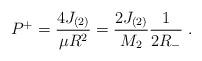
LaTeX: \begin{align*}P^+ = \frac{4J_{(2)}}{\mu R^2} = \frac{2J_{(2)}}{M_2} \frac{1}{2R_{-}}~.\end{align*}